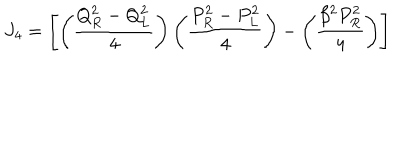
J _ { 4 } = \left[ \left( { \frac { Q _ { R } ^ { 2 } - Q _ { L } ^ { 2 } } { 4 } } \right) \left( { \frac { P _ { R } ^ { 2 } - P _ { L } ^ { 2 } } { 4 } } \right) - \left( { \frac { \beta ^ { 2 } P _ { R } ^ { 2 } } { 4 } } \right) \right]